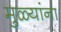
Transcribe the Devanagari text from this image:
मुळ्यांना